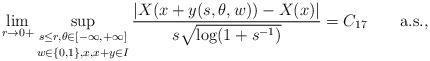
LaTeX: \begin{align*} \lim_{r\to0+}\mathop{\sup_{s\le r, \theta\in[-\infty,+\infty]}}_{w\in\{0,1\}, x,x+y\in I}\frac{|X(x+y(s,\theta, w))-X(x)|} {s\sqrt{\log(1+s^{-1})}}=C_{17}\qquad\mbox{a.s.},\end{align*}